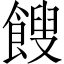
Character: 餿